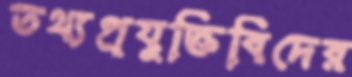
তথ্যপ্রযুক্তিবিদের